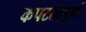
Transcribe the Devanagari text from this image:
कपटतापूर्ण